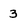
Character: 3